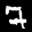
Label: 7